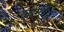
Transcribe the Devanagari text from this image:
क्योनिग